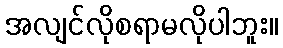
အလျင်လိုစရာမလိုပါဘူး။